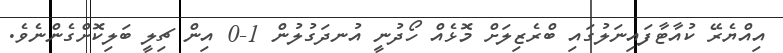
އިއްޔެރޭ ކުއާޓާފައިނަލުގައި ބްރެޒިލަށް މޮޅެއް ހޯދުނީ އުނދަގުލުން 1-0 އިން ޗިލީ ބަލިކޮށްގެންނެވެ.